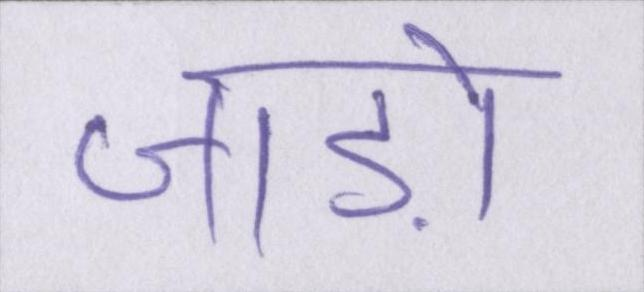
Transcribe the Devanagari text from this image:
जाड़ों